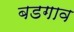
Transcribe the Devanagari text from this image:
बडगाव